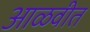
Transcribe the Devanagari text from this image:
आळवीत